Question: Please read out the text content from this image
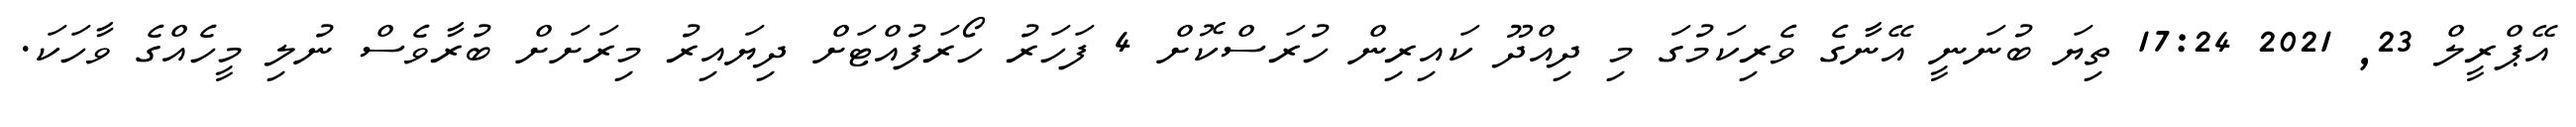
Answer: އޭޕްރީލް 23, 2021 17:24 ތިޔަ ބުނަނީ އޭނާގެ ވެރިކަމުގަ މި ދިއްދޫ ކައިރިން ހުރަސްކޮށް 4 ފަހަރު ހޯރަފުއްޓަށް ދިޔައިރު މިރަށަށް ބުރާވެސް ނުލި މީހެއްގެ ވާހަކަ.